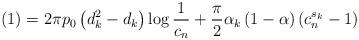
LaTeX: \begin{align*} (1)=2\pi p_{0}\left(d_{k}^{2}-d_{k}\right)\log\frac{1}{c_{n}}+\frac{\pi}{2}\alpha_{k}\left(1-\alpha\right)\left(c_{n}^{s_{k}}-1\right)\end{align*}